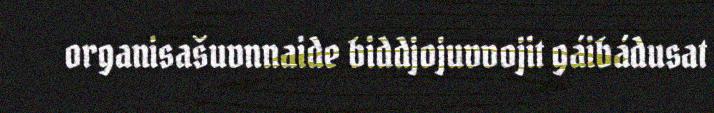
organisašuvnnaide biddjojuvvojit gáibádusat